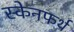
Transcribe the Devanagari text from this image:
स्केनफर्थ